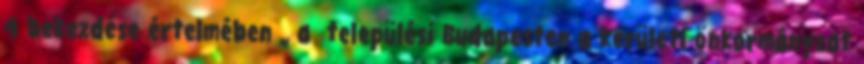
4 bekezdése értelmében „ a települési Budapesten a kerületi önkormányzat